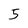
Character: 5